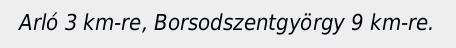
Arló 3 km-re, Borsodszentgyörgy 9 km-re.